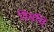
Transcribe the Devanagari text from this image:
विसंधि